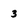
Character: 3